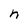
Character: n